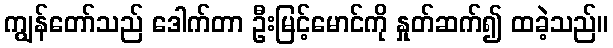
ကျွန်တော်သည် ဒေါက်တာ ဦးမြင့်မောင်ကို နှုတ်ဆက်၍ ထခဲ့သည်။